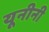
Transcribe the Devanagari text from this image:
यूनीनी